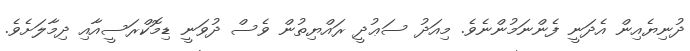
ދުނިޔެއިން އެދަނީ ފެންނަމުންނެވެ. މިއަދު ސަޢުދީ ރައްޔިތުން ވެސް ދުވަނީ ޑިމޮކްރަސީއާއި ދިމާލަށެވެ.